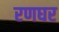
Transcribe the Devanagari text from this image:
रणघर